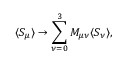
\langle S _ { \mu } \rangle \to \sum _ { \nu = 0 } ^ { 3 } M _ { \mu \nu } \langle S _ { \nu } \rangle ,